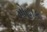
મોહાક